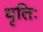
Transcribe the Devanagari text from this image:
धृतिः